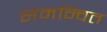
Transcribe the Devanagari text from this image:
समन्‍वित